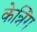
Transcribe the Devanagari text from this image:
केन्निंग